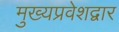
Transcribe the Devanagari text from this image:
मुख्यप्रवेशद्वार